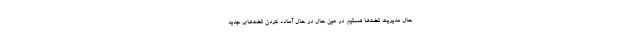
حال مدیریت تخت‌ها هستیم. در عین حال در حال آماده کردن تخت‌های جدید